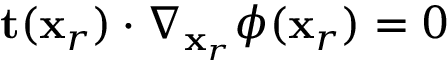
\mathbf { t } ( \mathbf { x } _ { r } ) \cdot \nabla _ { \mathbf { x } _ { r } } \phi ( \mathbf { x } _ { r } ) = 0